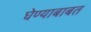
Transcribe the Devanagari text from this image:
घेण्याबाबत